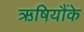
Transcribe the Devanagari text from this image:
ऋषियौंके